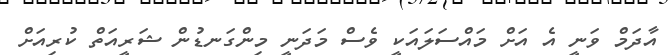
އާދަމް ވަނީ އެ އަށް މައްސަލައަކީ ވެސް މަދަނީ މިންގަނޑުން ޝަރީއަތް ކުރިއަށް